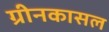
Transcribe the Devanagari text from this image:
ग्रीनकासल